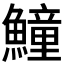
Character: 𩻡